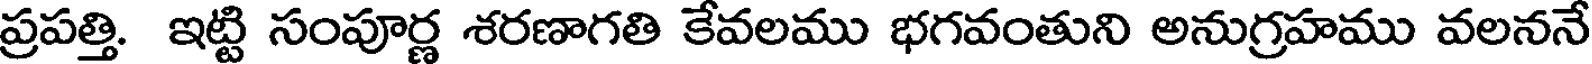
ప్రపత్తి. ఇట్టి సంపూర్ణ శరణాగతి కేవలము భగవంతుని అనుగ్రహము వలననే